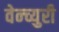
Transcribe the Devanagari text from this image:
वेन्च्युरी